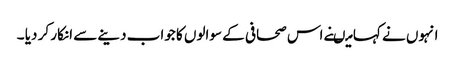
انہوں نے کہا میںنے اس صحافی کے سوالوں کا جواب دینے سے انکار کر دیا ۔